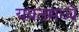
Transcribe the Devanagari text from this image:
यवतमध्ये